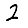
Digit: 2